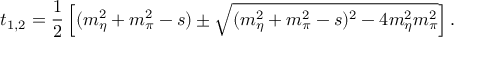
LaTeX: t _ { 1 , 2 } = { \frac { 1 } { 2 } } \left[ ( m _ { \eta } ^ { 2 } + m _ { \pi } ^ { 2 } - s ) \pm \sqrt { ( m _ { \eta } ^ { 2 } + m _ { \pi } ^ { 2 } - s ) ^ { 2 } - 4 m _ { \eta } ^ { 2 } m _ { \pi } ^ { 2 } } \right] .